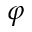
\varphi